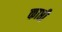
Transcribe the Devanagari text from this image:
काप्ती